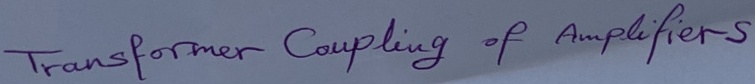
Text: Transformer Coupling of Amplifiers